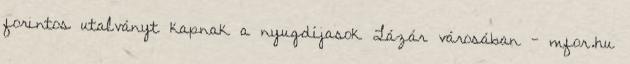
forintos utalványt kapnak a nyugdíjasok Lázár városában - mfor.hu